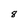
Character: 8